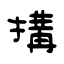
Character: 搆